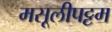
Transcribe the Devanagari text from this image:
मसूलीपट्टम